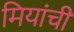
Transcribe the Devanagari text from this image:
मियांची